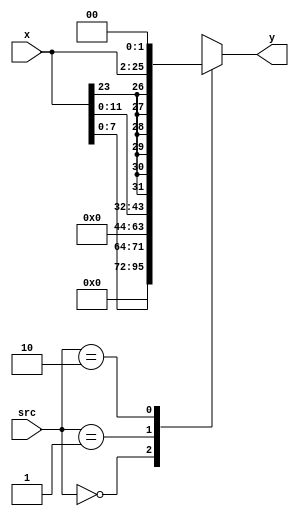
module extender(input  [23:0] x,
                input  [1:0]  src,
                output reg [31:0] y);
 
always @(*)
    case(src) 
                 // 8-bit unsigned immediate
        2'b00:   y = {24'b0, x[7:0]};  
                 // 12-bit unsigned immediate 
        2'b01:   y = {20'b0, x[11:0]}; 
                 // 24-bit two's complement shifted branch 
        2'b10:   y = {{6{x[23]}}, x[23:0], 2'b00}; 
        default: y = 32'bx; // undefined
    endcase             
endmodule